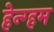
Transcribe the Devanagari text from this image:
हेन्ग्हम